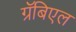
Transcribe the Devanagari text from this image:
ग्रॅबिएल